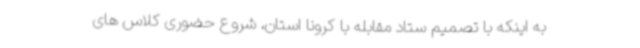
به اینکه با تصمیم ستاد مقابله با کرونا استان، شروع حضوری کلاس های